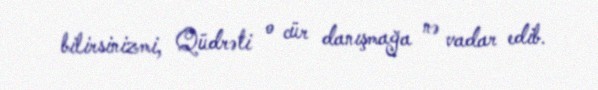
bilirsinizmi, Qüdrəti o cür danışmağa nə vadar edib.